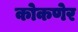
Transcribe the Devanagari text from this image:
कोकणेर